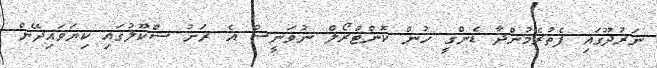
ނަރުދޫގައި ފެތުރެމުންދާ ޑެންގީ ހުން ކޮންޓްރޯލް ނުވަނީސް އެ ރަށު ސްކޫލުގައި ކިޔަވައިދޭން